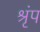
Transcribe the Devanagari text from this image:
श्रृंप